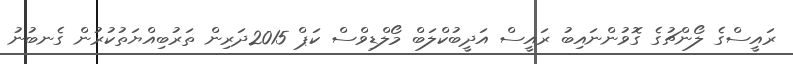
ރައީސްގެ ލޯންޗުގެ ގޮވުންނައިބު ރައީސް އަދީބުކްލަބް މޯލްޑިވްސް ކަޕް 2015ދަރިން ތަރުބިއްޔަތުކުރުން ގެނބުނު